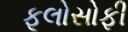
ફૂલોસોફી